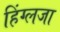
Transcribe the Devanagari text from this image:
हिंग्लजा